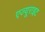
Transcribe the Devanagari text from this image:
एज्यूराइट